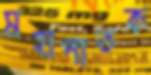
মহাপাতক